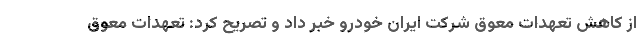
از کاهش تعهدات معوق شرکت ایران خودرو خبر داد و تصریح کرد: تعهدات معوق